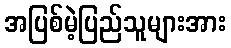
အပြစ်မဲ့ပြည်သူများအား